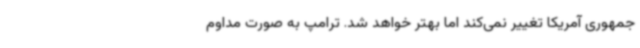
جمهوری آمریکا تغییر نمی‌کند اما بهتر خواهد شد. ترامپ به صورت مداوم